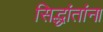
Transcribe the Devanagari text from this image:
सिद्धांतांना